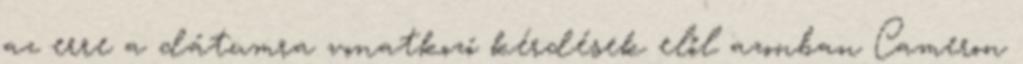
az erre a dátumra vonatkozó kérdések elől azonban Cameron